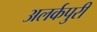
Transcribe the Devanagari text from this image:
अलर्कपुरी